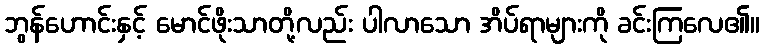
ဘွန်ဟောင်းနှင့် မောင်ဖိုးသာတို့လည်း ပါလာသော အိပ်ရာများကို ခင်းကြလေ၏။